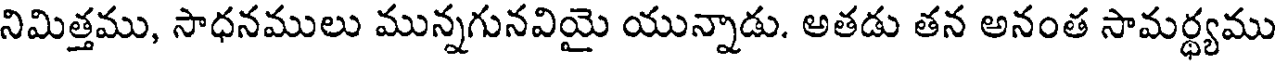
నిమిత్తము, సాధనములు మున్నగునవియై యున్నాడు. అతడు తన అనంత సామర్థ్యము